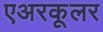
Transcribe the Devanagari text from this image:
एअरकूलर